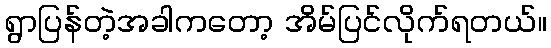
ရွာပြန်တဲ့အခါကတော့ အိမ်ပြင်လိုက်ရတယ်။